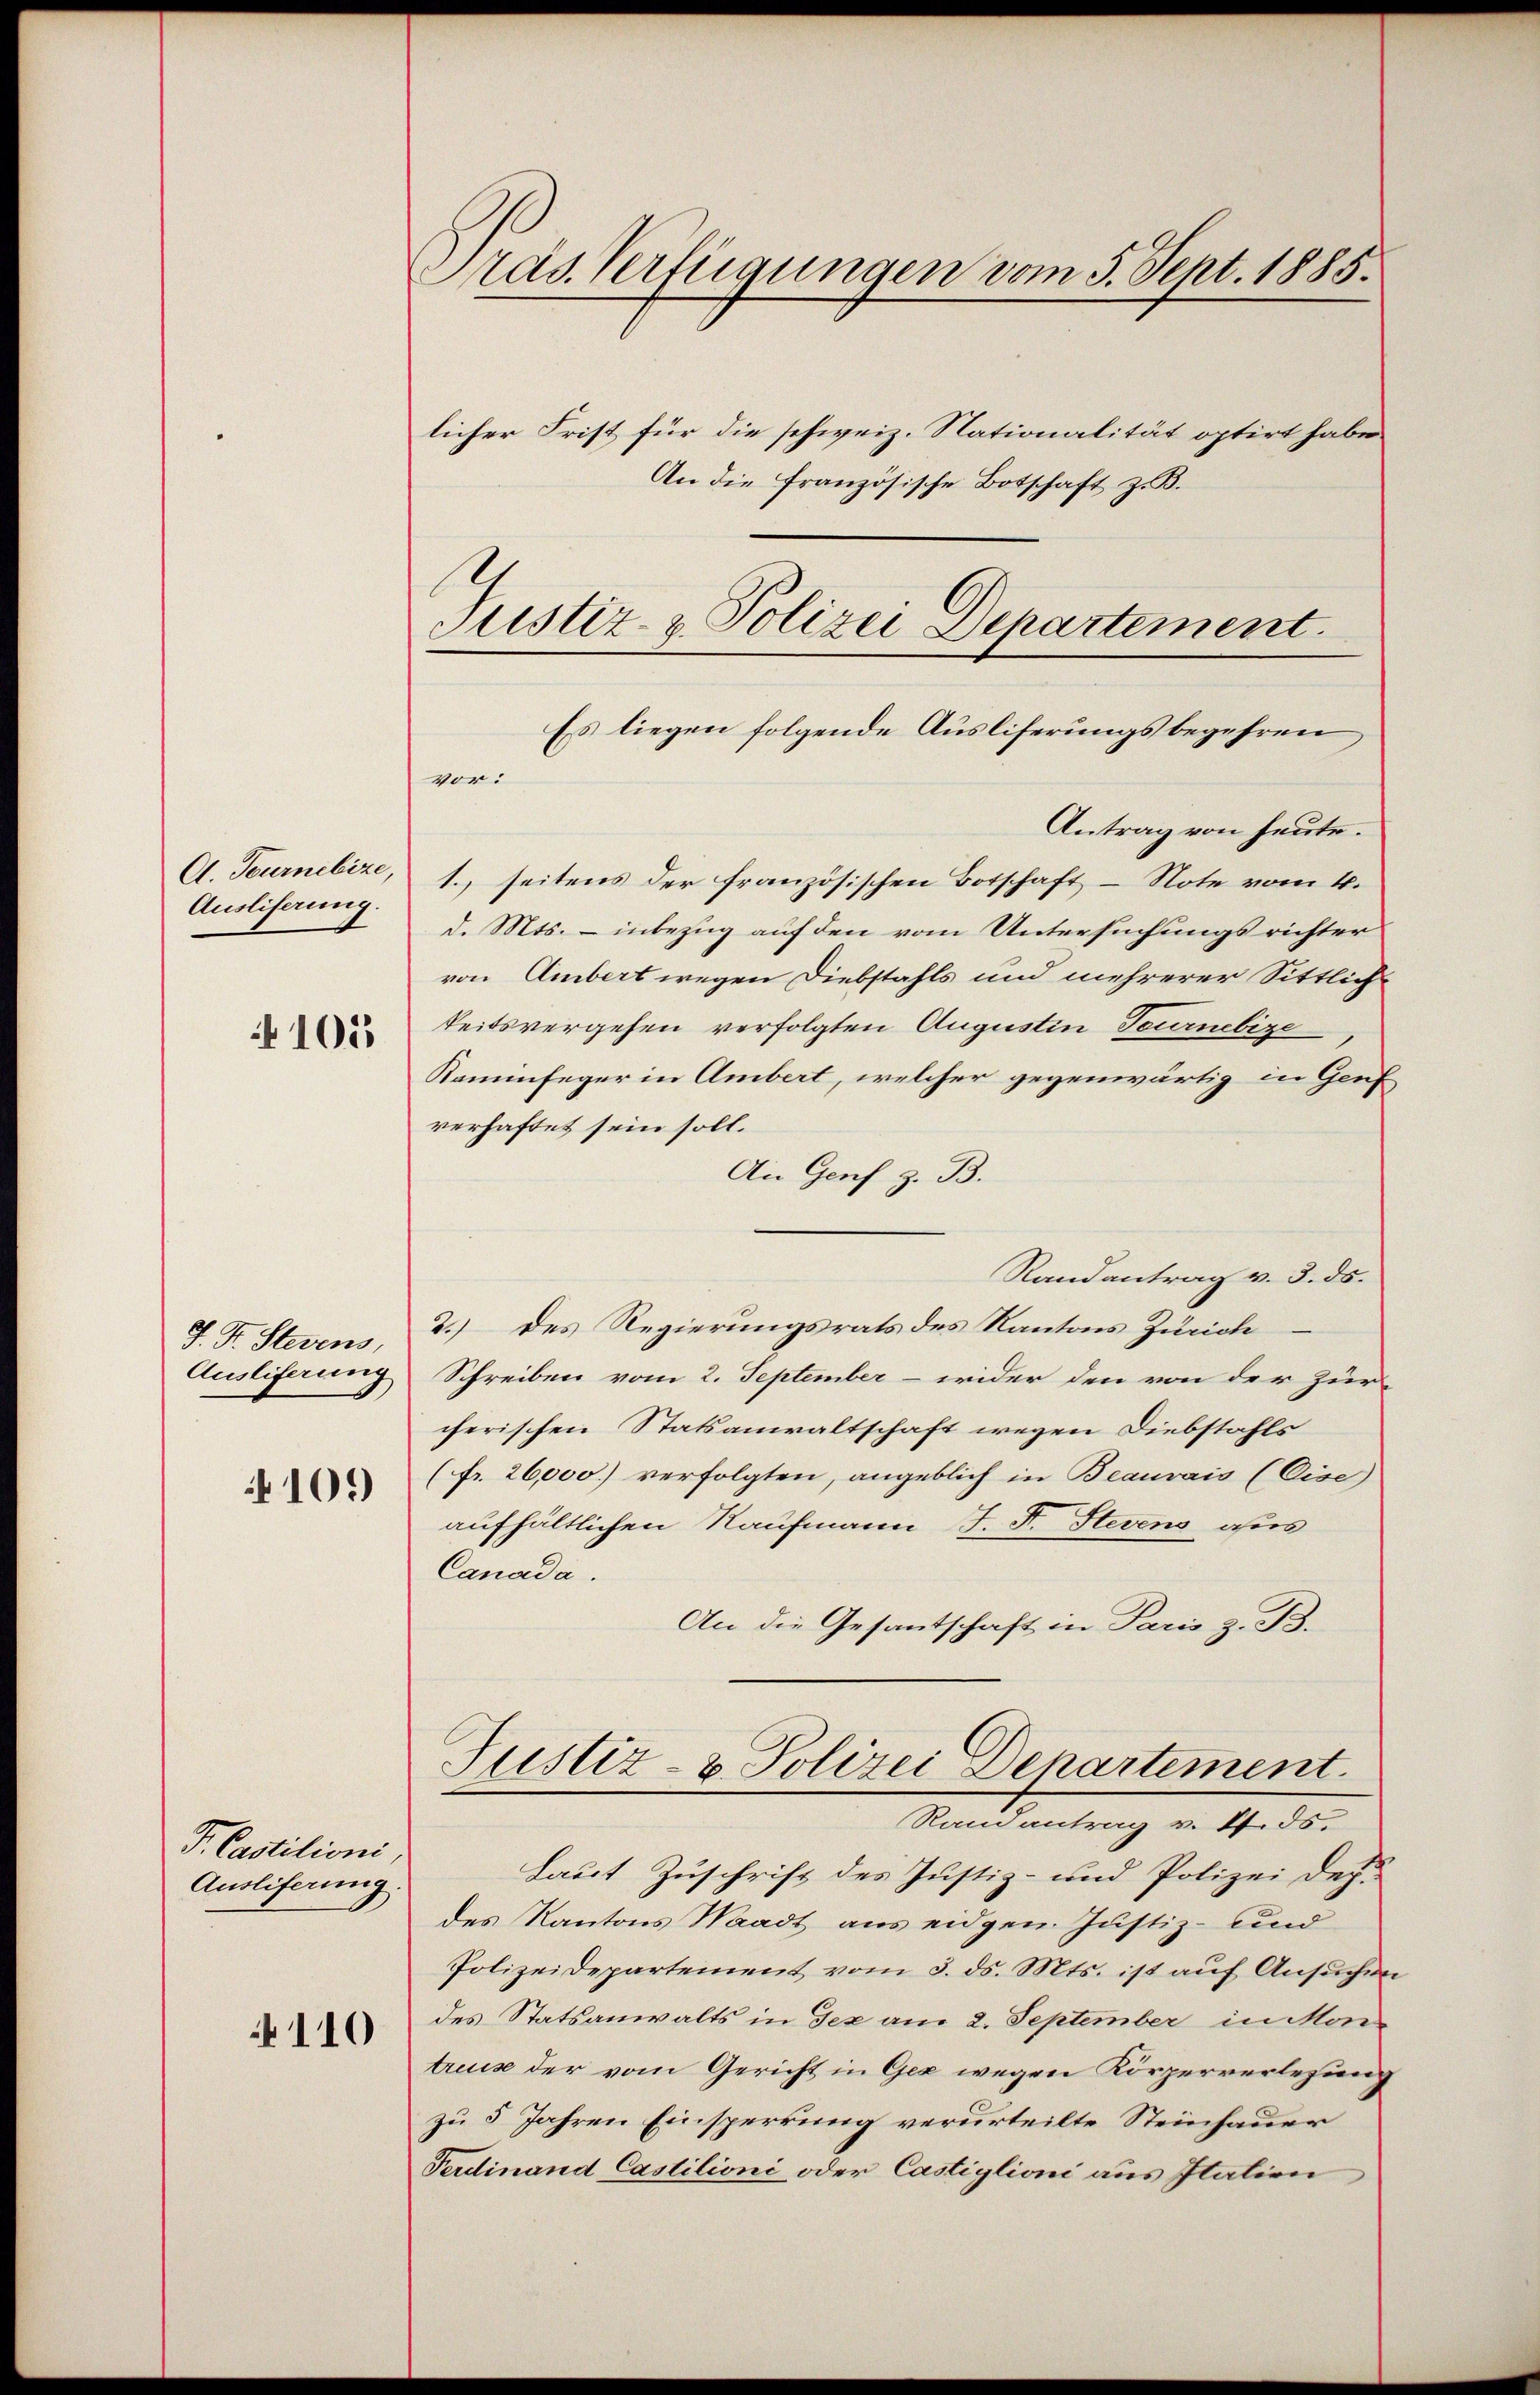
A. Tournebize,
Ausliferung.

105

J. F. Sterens,
Ausliferung

101)

P. Castitioni,
Ausliferung.

110

Präs. Verfügungen vom 5. Sept. 1885.

An die französische Botschaft z. B.
Justiz- & Polizei Departement.
Es liegen folgende Ausliferungsbegehren,
vor:

licher Frist für die schweiz. Nationalität optirt habe
Antrag von heute.
1., seitens der französischen Botschaft - Note vom 4.
d. Mts. – inbezug auf den vom Untersuchungsrichter
von Ambert wegen Diebstahls und mehrerer Sittlichkeitsvergehen verfolgten Augustin Tournebize
Kaminfeger in Ambert, welcher gegenwärtig in Genf
verhaftet sein soll.
An Genf z. B.
Randantrag v. 3. ds.
2.) des Regierungsrats des Kantons Zürich
Schreiben vom 2. September - wider den von der Zur-
cherischen Statsanwaltschaft wegen Diebstahls
(fr. 26,000 verfolgten, angeblich in Beauvais (Eise
aufhältlichen Kaufmann J. F. Stevens ohnes
Canada.
An die Gesantschaft in Paris z. B.
Justiz- & Polizei Departement.
Randantrag v. 11. ds.
Laut Zuschrift des Justiz- und Polizei des-
des Kantons Waadt aus eidgen Justiz- und
Polizeidepartement vom 3. ds. Mts. ist auf Ansuchen
des Statsanwalts in Tex am 2. September in Mon
truise der vom Gericht in Gez wegen Körperverlesung
zu 5 Jahren Einsperrung verurteilte Steinhauer
Ferdinand Castilioni oder Castiglioni aus Italien